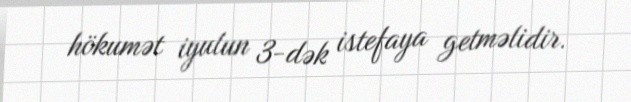
hökumət iyulun 3-dək istefaya getməlidir.